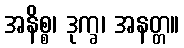
အနိစ္စ၊ ဒုက္ခ၊ အနတ္တ။